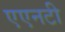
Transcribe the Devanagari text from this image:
एएनटी